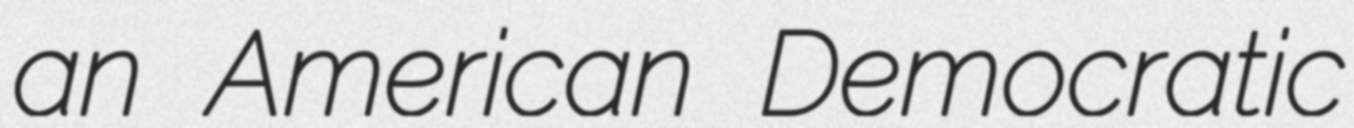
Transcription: an American Democratic